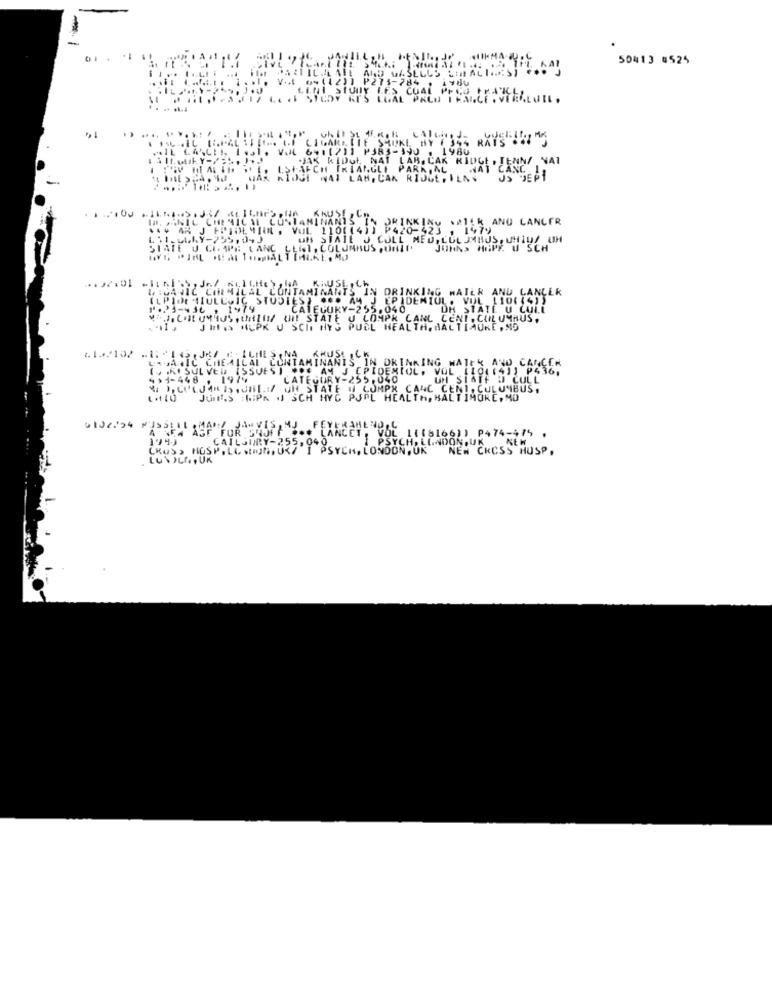
50413 4525
BY 1
RATS CHE MS
NN/ VAI
DEPİ
ANU LANLER
SIATE J CI
. USCH
LIGA JIC CIRMILAL
DRIN
ILANLER
ILPIdt SULCSIG ST
DEMIUL
⑈.23-436 , 1974
DH
v. COM UNIUS , chilli
IL UMAUS .
JIN .> HUPK
SCI H
2.132102
URGAJIC CHEMIL
KING
CANCER
( KI SUL VED IS
1 P4361
491-448 , 1974
IL . VUL
IF @ CULL
CULUMIBUS .
1.110
Junt.S :
ORE, MO
FOR SHAJT
DIJERAN MISSILLABE FOR
1942
P474-475 .
NEW
CROSS HOSP . LO stuIl.
CAILJURY
DON,UK
NEW CKCSS HUSP,
LUGLIOUK